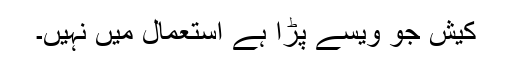
کیش جو ویسے پڑا ہے استعمال میں نہیں۔